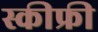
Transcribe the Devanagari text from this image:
स्कीफ्री